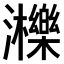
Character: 𤄿